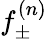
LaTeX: f_{\pm}^{(n)}